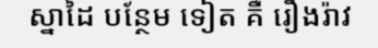
ស្នាដៃ បន្ថែម ទៀត គឺ រឿងរ៉ាវ